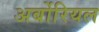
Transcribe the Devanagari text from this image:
अर्बोरियल